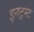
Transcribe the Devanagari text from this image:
इनट्रस्ट